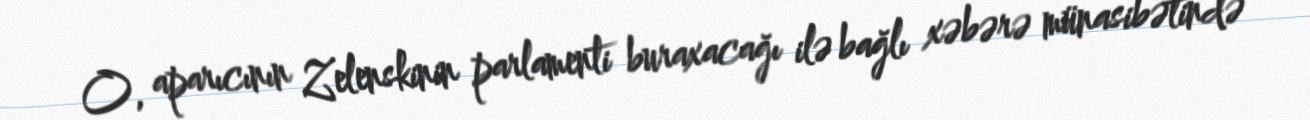
O, aparıcının Zelenskinin parlamenti buraxacağı ilə bağlı xəbərə münasibətində